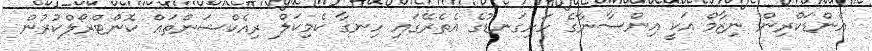
އެންޑަކްރިން ނިޒާމް އަކީ އިންސާނާގެ ހަށިގަނޑުގެ އެތެރޭގައި ހިނގާ ކެމިކަލް ރިއެކްޝަންތައް ކޮންޓްރޯލްކުރުން